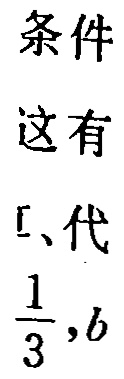
条件
这有
[、代
$\frac{1}{3},b$